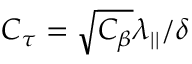
C _ { \tau } = \sqrt { C _ { \beta } } { \lambda _ { | | } } / { \delta }